Indian journal of veterinary science and animal husbandry - Volume 10,
Year: 1940
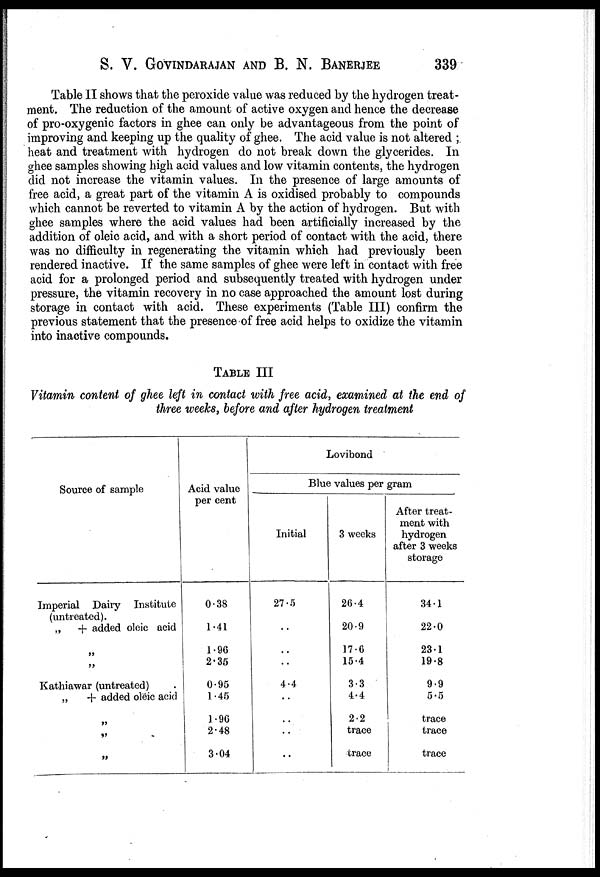
S. V. GOVINDARAJAN AND B. N. BANERJEE 339
Table II shows that the peroxide value was reduced by the hydrogen treat-
ment. The reduction of the amount of active oxygen and hence the decrease
of pro-oxygenic factors in ghee can only be advantageous from the point of
improving and keeping up the quality of ghee. The acid value is not altered ;
heat and treatment with hydrogen do not break down the glycerides. In
ghee samples showing high acid values and low vitamin contents, the hydrogen
did not increase the vitamin values. In the presence of large amounts of
free acid, a great part of the vitamin A is oxidised probably to compounds
which cannot be reverted to vitamin A by the action of hydrogen. But with
ghee samples where the acid values had been artificially increased by the
addition of oleic acid, and with a short period of contact with the acid, there
was no difficulty in regenerating the vitamin which had previously been
rendered inactive. If the same samples of ghee were left in contact with free
acid for a prolonged period and subsequently treated with hydrogen under
pressure, the vitamin recovery in no case approached the amount lost during
storage in contact with acid. These experiments (Table III) confirm the
previous statement that the presence of free acid helps to oxidize the vitamin
into inactive compounds.
TABLE III
Vitamin content of ghee left in contact with free acid, examined at the end of
three weeks, before and after hydrogen treatment
Source of sample
Imperial Dairy Institute
(untreated).
„
+ added oleic acid
„
„
Kathiawar (untreated) .
„
+ added oleic acid
„
„
„
Acid value
per cent
0.38
1.41
1.96
2.35
0.95
1.45
1.96
2.48
3.04
Lovibond
Blue values per gram
Initial
27.5
..
..
..
4.4
..
..
..
..
3 weeks
26.4
20.9
17.6
15.4
3.3
4.4
2.2
trace
trace
After treat-
ment with
hydrogen
after 3 weeks
storage
34.1
22.0
23.1
19.8
9.9
5.5
trace
trace
trace